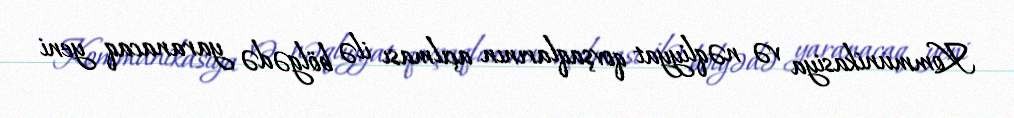
Kommunikasiya və nəqliyyat qovşaqlarının açılması ilə bölgədə yaranacaq yeni